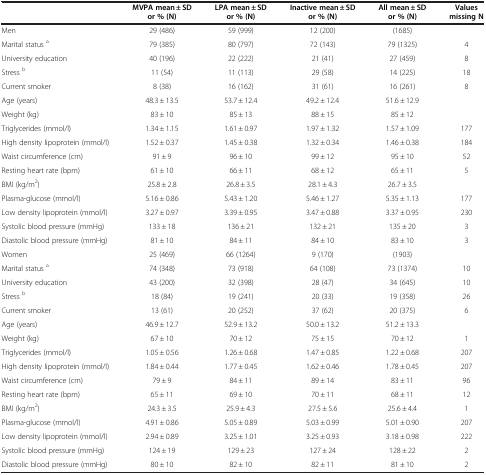
<table><thead><tr><td><b> </b></td><td><b>MVPA mean ± SD or % (N)</b></td><td><b>LPA mean ± SD or % (N)</b></td><td><b>Inactive mean ± SD or % (N)</b></td><td><b>All mean ± SD or % (N)</b></td><td><b>Values missing N</b></td></tr></thead><tbody><tr><td>Men</td><td>29 (486)</td><td>59 (999)</td><td>12 (200)</td><td>(1685)</td><td> </td></tr><tr><td>Marital status <sup>a</sup></td><td>79 (385)</td><td>80 (797)</td><td>72 (143)</td><td>79 (1325)</td><td>4</td></tr><tr><td>University education</td><td>40 (196)</td><td>22 (222)</td><td>21 (41)</td><td>27 (459)</td><td>8</td></tr><tr><td>Stress <sup>b</sup></td><td>11 (54)</td><td>11 (113)</td><td>29 (58)</td><td>14 (225)</td><td>18</td></tr><tr><td>Current smoker</td><td>8 (38)</td><td>16 (162)</td><td>31 (61)</td><td>16 (261)</td><td>8</td></tr><tr><td>Age (years)</td><td>48.3 ± 13.5</td><td>53.7 ± 12.4</td><td>49.2 ± 12.4</td><td>51.6 ± 12.9</td><td> </td></tr><tr><td>Weight (kg)</td><td>83 ± 10</td><td>85 ± 13</td><td>88 ± 15</td><td>85 ± 12</td><td> </td></tr><tr><td>Triglycerides (mmol/l)</td><td>1.34 ± 1.15</td><td>1.61 ± 0.97</td><td>1.97 ± 1.32</td><td>1.57 ± 1.09</td><td>177</td></tr><tr><td>High density lipoprotein (mmol/l)</td><td>1.52 ± 0.37</td><td>1.45 ± 0.38</td><td>1.32 ± 0.34</td><td>1.46 ± 0.38</td><td>184</td></tr><tr><td>Waist circumference (cm)</td><td>91 ± 9</td><td>96 ± 10</td><td>99 ± 12</td><td>95 ± 10</td><td>52</td></tr><tr><td>Resting heart rate (bpm)</td><td>61 ± 10</td><td>66 ± 11</td><td>68 ± 12</td><td>65 ± 11</td><td>5</td></tr><tr><td>BMI (kg/m<sup>2</sup>)</td><td>25.8 ± 2.8</td><td>26.8 ± 3.5</td><td>28.1 ± 4.3</td><td>26.7 ± 3.5</td><td> </td></tr><tr><td>Plasma-glucose (mmol/l)</td><td>5.16 ± 0.86</td><td>5.43 ± 1.20</td><td>5.46 ± 1.27</td><td>5.35 ± 1.13</td><td>177</td></tr><tr><td>Low density lipoprotein (mmol/l)</td><td>3.27 ± 0.97</td><td>3.39 ± 0.95</td><td>3.47 ± 0.88</td><td>3.37 ± 0.95</td><td>230</td></tr><tr><td>Systolic blood pressure (mmHg)</td><td>133 ± 18</td><td>136 ± 21</td><td>132 ± 21</td><td>135 ± 20</td><td>3</td></tr><tr><td>Diastolic blood pressure (mmHg)</td><td>81 ± 10</td><td>84 ± 11</td><td>84 ± 10</td><td>83 ± 10</td><td>3</td></tr><tr><td>Women</td><td>25 (469)</td><td>66 (1264)</td><td>9 (170)</td><td>(1903)</td><td> </td></tr><tr><td>Marital status <sup>a</sup></td><td>74 (348)</td><td>73 (918)</td><td>64 (108)</td><td>73 (1374)</td><td>10</td></tr><tr><td>University education</td><td>43 (200)</td><td>32 (398)</td><td>28 (47)</td><td>34 (645)</td><td>10</td></tr><tr><td>Stress <sup>b</sup></td><td>18 (84)</td><td>19 (241)</td><td>20 (33)</td><td>19 (358)</td><td>26</td></tr><tr><td>Current smoker</td><td>13 (61)</td><td>20 (252)</td><td>37 (62)</td><td>20 (375)</td><td>6</td></tr><tr><td>Age (years)</td><td>46.9 ± 12.7</td><td>52.9 ± 13.2</td><td>50.0 ± 13.2</td><td>51.2 ± 13.3</td><td> </td></tr><tr><td>Weight (kg)</td><td>67 ± 10</td><td>70 ± 12</td><td>75 ± 15</td><td>70 ± 12</td><td>1</td></tr><tr><td>Triglycerides (mmol/l)</td><td>1.05 ± 0.56</td><td>1.26 ± 0.68</td><td>1.47 ± 0.85</td><td>1.22 ± 0.68</td><td>207</td></tr><tr><td>High density lipoprotein (mmol/l)</td><td>1.84 ± 0.44</td><td>1.77 ± 0.45</td><td>1.62 ± 0.46</td><td>1.78 ± 0.45</td><td>207</td></tr><tr><td>Waist circumference (cm)</td><td>79 ± 9</td><td>84 ± 11</td><td>89 ± 14</td><td>83 ± 11</td><td>96</td></tr><tr><td>Resting heart rate (bpm)</td><td>65 ± 11</td><td>69 ± 10</td><td>70 ± 11</td><td>68 ± 11</td><td>12</td></tr><tr><td>BMI (kg/m<sup>2</sup>)</td><td>24.3 ± 3.5</td><td>25.9 ± 4.3</td><td>27.5 ± 5.6</td><td>25.6 ± 4.4</td><td>1</td></tr><tr><td>Plasma-glucose (mmol/l)</td><td>4.91 ± 0.86</td><td>5.05 ± 0.89</td><td>5.03 ± 0.99</td><td>5.01 ± 0.90</td><td>207</td></tr><tr><td>Low density lipoprotein (mmol/l)</td><td>2.94 ± 0.89</td><td>3.25 ± 1.01</td><td>3.25 ± 0.93</td><td>3.18 ± 0.98</td><td>222</td></tr><tr><td>Systolic blood pressure (mmHg)</td><td>124 ± 19</td><td>129 ± 23</td><td>127 ± 24</td><td>128 ± 22</td><td>2</td></tr><tr><td>Diastolic blood pressure (mmHg)</td><td>80 ± 10</td><td>82 ± 10</td><td>82 ± 11</td><td>81 ± 10</td><td>2</td></tr></tbody></table>